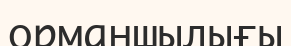
орманшылығы